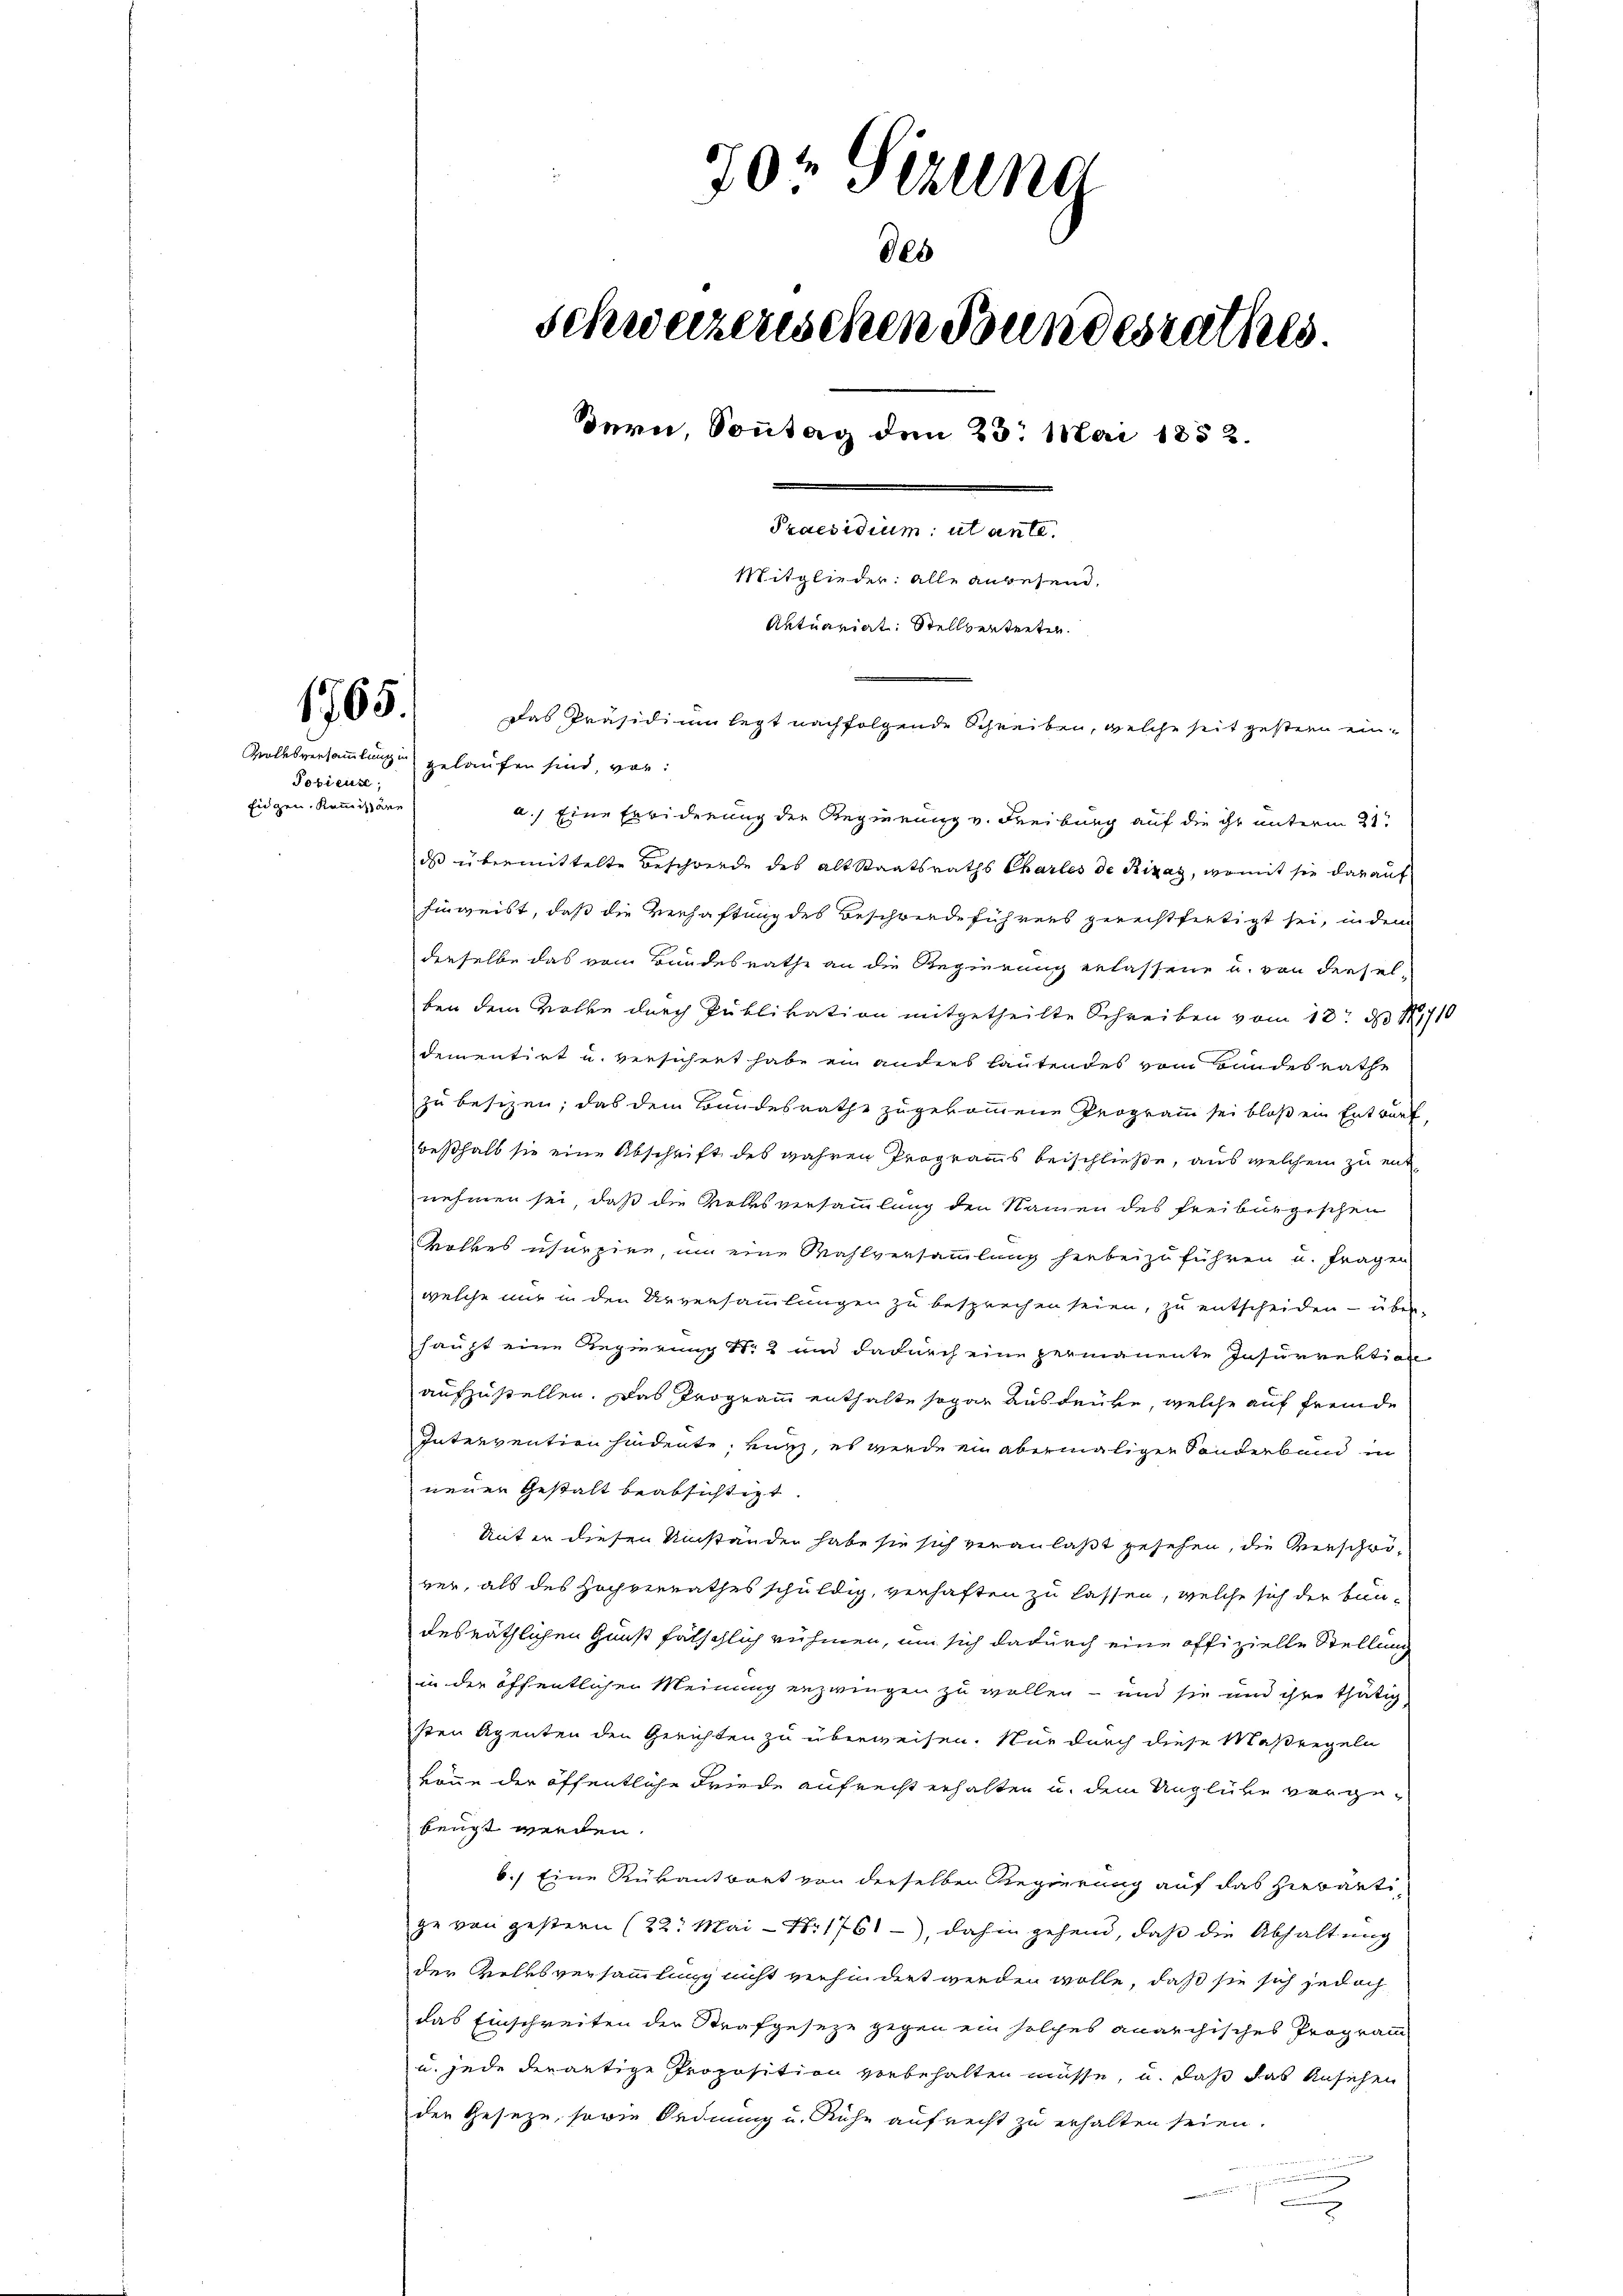
1765.

70 Sizung
des
Schweizerischen Bundesrathes.
dern, Sonntag den 25. Mai 1852.
Praesidium ut ante.
Mitglieder: alle anwesend.
Aktuariat Stellvertreten.
Das Präsidium legt nachfolgende Schreiben, welche seit gestern ein¬

a.) Eine Erwiderung der Regierung v. Freiburg auf die ihr unterm 21.
dss übermittelte Beschwerde des alt Staatsraths Charles de Rizag, womit sie darauf
hinweist, daß die Verhaftung des Beschwerdeführens gerechtfertigt sei, indem
derselbe das vom Bundesrathe an die Regierung erlassene u. von derselben dem Volke durch Publikation mitgetheilte Schreiben vom 18t d. 181710
dementirt u. versichret habe ein anders lautendes vom Hundesrathe
zu besitzen; das dem Bandesrathe zugekommene Programm sei bloß ein Entwurf,
weßhalb sie eine Abschrift des wahren Programms beischließe, aus welchem zu entnehmen sei, daß die Volksversammlung den Namen des Freiburgischen
Wolkes ihnepire, um eine Wahlversammlung hiebei zu führen u. fragen
welche nur in den Urversammlungen zu besprechen seien, zu entscheiden – über
haupt eine Regierung d. 2 und dadurch eine permanente Insurrektion
aufzustellen. Das Programm enthalte sogar ausdrüke, welche auf fremde
Intervention hindente, kurz, es wurde ein abermaligen Sanderband in
neuen Gestalt beabsichtigt
Miter diesen Umständen habe sie sich veranlaßt gesehen, die Verschwiver, als des Hochverrathes schuldig, verhaften zu lassen, welche sich der Bundesräthlichen Gunst fälschlich ruhmen, um sich dadurch eine offizielle Stellung
in der öffentlichen Meinung erzwingen zu wollen – und sie und ihre thätig
sten Agenten den Gerichten zu überweisen. Nur durch diese Maßregeln
könne der öffentliche Friede aufrecht erhalten u. dem Unglücke vorgebeugt werden.
6.) Eine Rükantwort von derselben Regierung auf das hierarti
ge von gestern (22. Mai- Nr 1761), dahin gehend, daß die Abhaltung
der Volksversammlung nicht verhindert werden wolle, daß sie sich jedoch
das Einschreiten der Strafgeseze gegen ein solches anarchisches Programm-
u. jede derantige Proposition vorbehalten müsse, u. daß das Ansehen
den Geseze, sowie Ordnung u. Ruhe aufrecht zu erhalten seien.

Pobieuse.
Eidgen. Kranizzare

Volksversammlung gelaufen sind, vor: